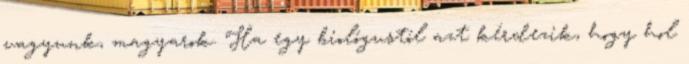
vagyunk, magyarok. Ha egy biológustól azt kérdezik, hogy hol